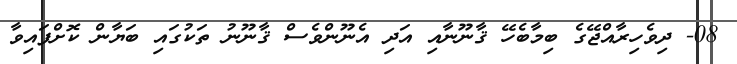
08- ދިވެހިރާއްޖޭގެ ބިމާބެހޭ ޤާނޫނާއި އަދި އެނޫންވެސް ޤާނޫނު ތަކުގައި ބަޔާން ކޮށްފައިވާ